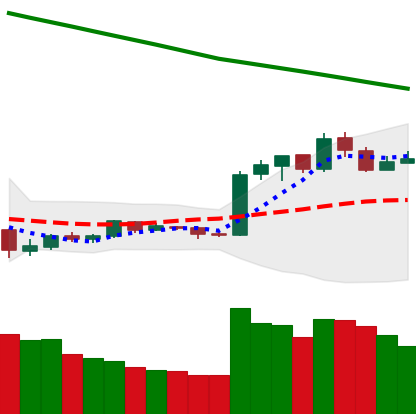
Ticker: EOS-USD
Chart end date: 2019-02-16
Forward return: 35.08%
Label: up_7plus